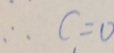
\therefore c = 0